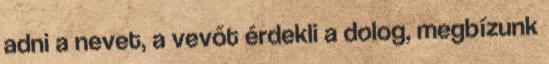
adni a nevet, a vevőt érdekli a dolog, megbízunk